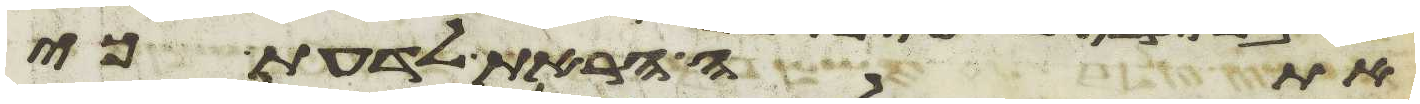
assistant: אתה הראת לדעת כי